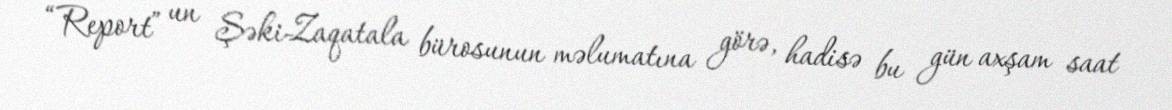
“Report” un Şəki-Zaqatala bürosunun məlumatına görə, hadisə bu gün axşam saat